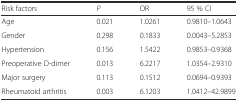
| Risk factors | P | OR | 95 % CI |
 | --- | --- | --- | --- |
 | Age | 0.021 | 1.0261 | 0.9810–1.0643 |
 | Gender | 0.298 | 0.1833 | 0.0043–5.2853 |
 | Hypertension | 0.156 | 1.5422 | 0.9853–0.9368 |
 | Preoperative D-dimer | 0.013 | 6.2217 | 1.0354–2.9310 |
 | Major surgery | 0.113 | 0.1512 | 0.0694–0.9393 |
 | Rheumatoid arthritis | 0.003 | 6.1203 | 1.0412–42.9899 |